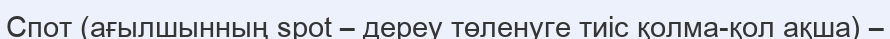
Спот (ағылшынның spot – дереу төленуге тиіс қолма-қол ақша) –